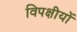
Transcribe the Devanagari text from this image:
विपक्षीयों